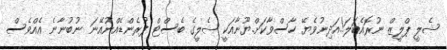
ޝެލީ ޕްލީޒް ނުރޮއެބަލަ!.އަދިނުވެޔޭ ހާސްވާކަށް.ޔޫނާއަކީ ޝެލީގެ ބެސްޓް ފުރެންޑެއްނުއޭނަ ނުބުނާނެ އެއްވެސް